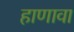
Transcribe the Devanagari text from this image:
हाणावा